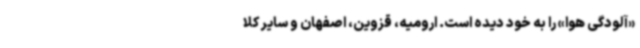
«آلودگی هوا» را به خود دیده است. ارومیه، قزوین، اصفهان و سایر کلا